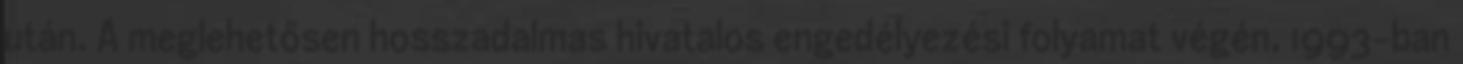
után. A meglehetősen hosszadalmas hivatalos engedélyezési folyamat végén, 1993-ban